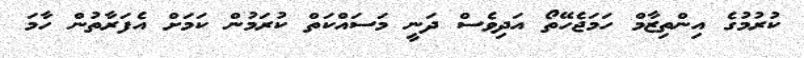
ކުރުމުގެ އިންތިޒާމް ހަމަޖެހޭތޯ އަދިވެސް ދަނީ މަސައްކަތް ކުރަމުން ކަމަށް އެފަރާތުން ހާމަ